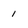
Character: 1